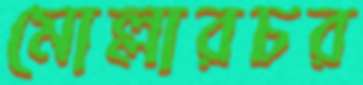
মোল্লারচর